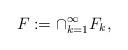
LaTeX: \begin{align*}F:=\cap_{k=1}^\infty F_k,\end{align*}